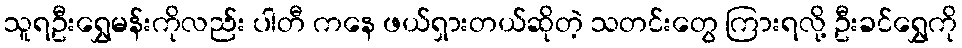
သူရဦးရွှေမန်းကိုလည်း ပါတီ ကနေ ဖယ်ရှားတယ်ဆိုတဲ့ သတင်းတွေ ကြားရလို့ ဦးခင်ရွှေကို